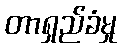
တာရှည်ခံမှု